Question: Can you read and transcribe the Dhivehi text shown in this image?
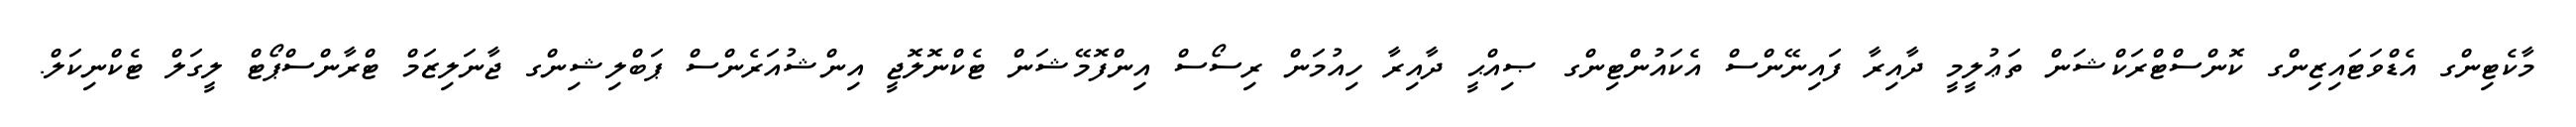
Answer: މާކެޓިންގ އެޑްވަޓައިޒިންގ ކޮންސްޓްރަކްޝަން ތަޢުލީމީ ދާއިރާ ފައިނޭންސް އެކައުންޓިންގ ޞިއްޙީ ދާއިރާ ހިއުމަން ރިސޯސް އިންފޮމޭޝަން ޓެކްނޮލޮޖީ އިންޝުއަރެންސް ޕަބްލިޝިންގ ޖާނަލިޒަމް ޓްރާންސްޕޯޓް ލީގަލް ޓެކްނިކަލް.